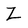
Character: Z